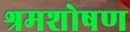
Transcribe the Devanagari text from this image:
श्रमशोषण